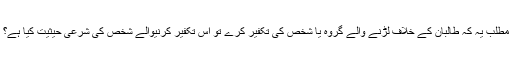
مطلب یہ کہ طالبان کے خلاف لڑنے والے گروہ یا شخص کی تکفیر کرے تو اس تکفیر کرنیوالے شخص کی شرعی حیثیت کیا ہے؟